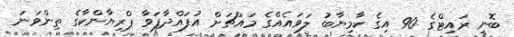
ބޮނީ ރައިޓްގެ 90 އިގެ ކާމިޔާބު ލަވައެއްގެ މައްޗަށް އުފައްދާފަވާ ޕްރިޔާންކާގެ ތިންވަނަ